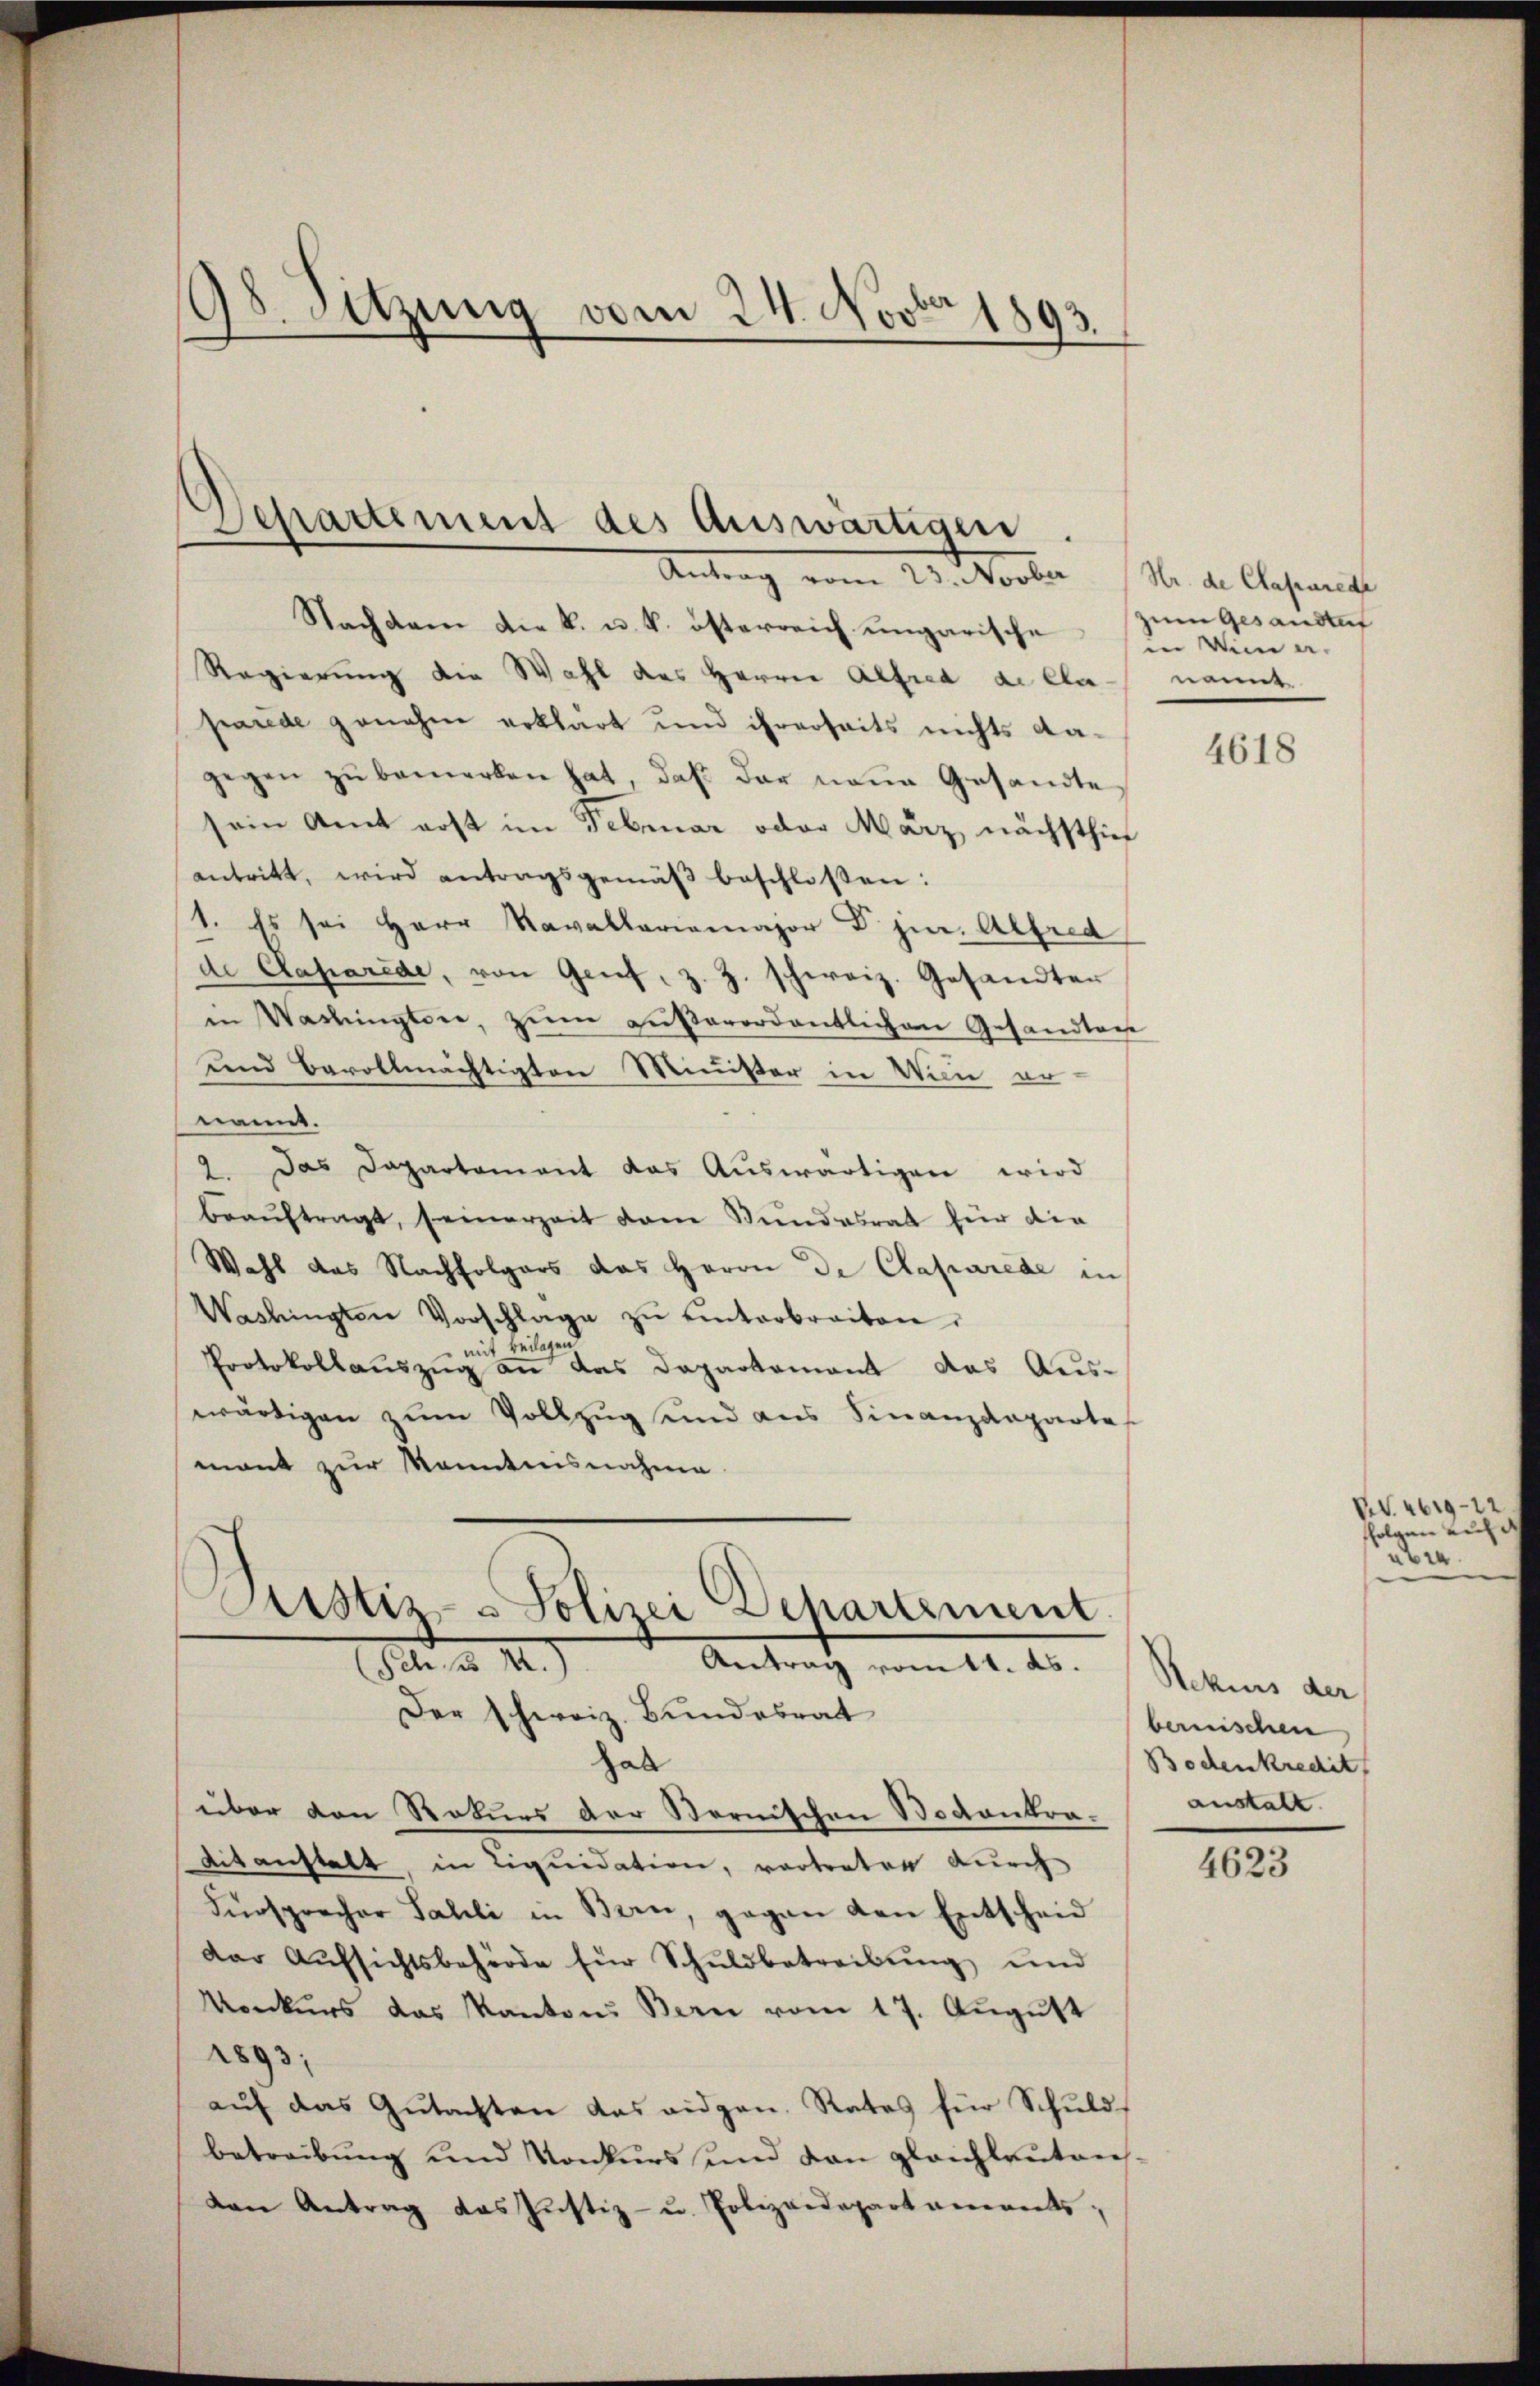
98. Sitzung vom 24. Novbr 1893.

Separtement des Auswärtigen
Antrag vom 23. Novber Hr. de Clasurede

Nachdem die k. u. k. österreich ungarische in von a-
Regierung die Wahl des Herrn Alfred de Cla- nannt
parede genahm erklärt und ihrerseits nichts dagegen zŭ bemerken hat, daβ der neue Gesandte
sein Amt erst im Februar oder März nächsthie
antritt, wird antragsgemäβ beschlossen:
1. Es sei Herr Kavallariamajor Dr. jur. Alfred
de Caparede, von Genf, z. Z. schweiz. Gesandter
in Washingten, zŭm außerordentlichen Gesandtags
und Bevollmächtigten Minister in Wien er-
nannt.
2. Das Dapartament das Auswärtigen wird
beaŭftragt, seinerzeit dem Stundesrat für die
Wahl das Nachfolgers das Herrn De Clapurede in
Washingten Vorschlage zŭ einterbreiten.
mit Beilagend
Protokollauszug an das Departement das Aus-
wärtigen zum Vollzug und aus Finanzdeparte
mant zur Kenntnisnahme

Astiz- u Polizei Departement
S a M.
Antrag vom 14. ds.

Der schweiz. Bundesrat
hab
über den Roturs der Sternischen Bodenkra¬
Aitanstalt, in Liquidation, vortreten durch
Fürsprecher Sahli in Bern, gegen den Entscheid
dar Aŭfsichtsbehörde für Schuldbetreibŭng und
Konkurs das Kantons Bern vom 17. August
1893;
auf das Gutachten das eidgen. Rates für Schuldbetreibung und Konkurs und den gleichlauten.
den Antrag das Justiz- u. Polizeidepartaments;

zum Gesandten

4618

Rekurs der
bernischen
Bodenkredit
anstalt.

4623

ViV. 4619-12
ffolgen Luze
b